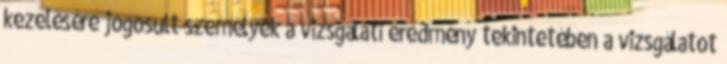
kezelésére jogosult személyek a vizsgálati eredmény tekintetében a vizsgálatot